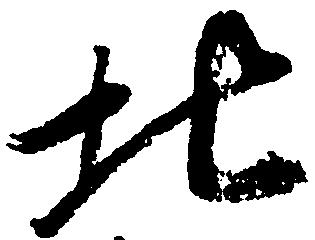
北